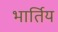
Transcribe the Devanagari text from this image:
भार्तिय